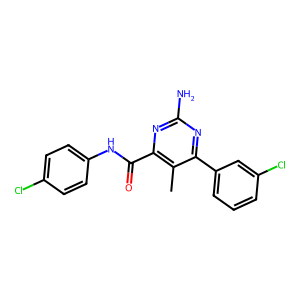
SMILES: Cc1c(C(=O)Nc2ccc(Cl)cc2)nc(N)nc1-c1cccc(Cl)c1
Inhibits HIV replication: No